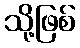
သို့ဖြစ်